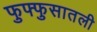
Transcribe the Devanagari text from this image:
फुफ्फुसातली